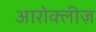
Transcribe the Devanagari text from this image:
आरोक्लीज़